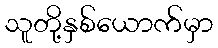
သူတို့နှစ်ယောက်မှာ